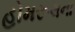
હોમરૂલના